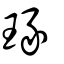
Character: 瑑